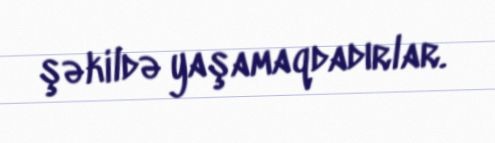
şəkildə yaşamaqdadırlar.